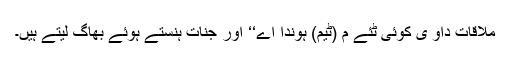
ملاقات داو ی کوئی ٹئے م (ٹیم) ہوندا اے‘‘ اور جنات ہنستے ہوئے بھاگ لیتے ہیں۔